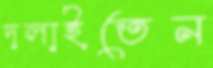
দলাইতেন